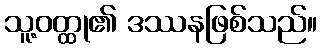
သူ့ဝတ္ထု၏ ဒဿနဖြစ်သည်။